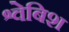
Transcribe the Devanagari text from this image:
श्वेबिश